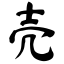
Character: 壳